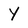
Character: Y